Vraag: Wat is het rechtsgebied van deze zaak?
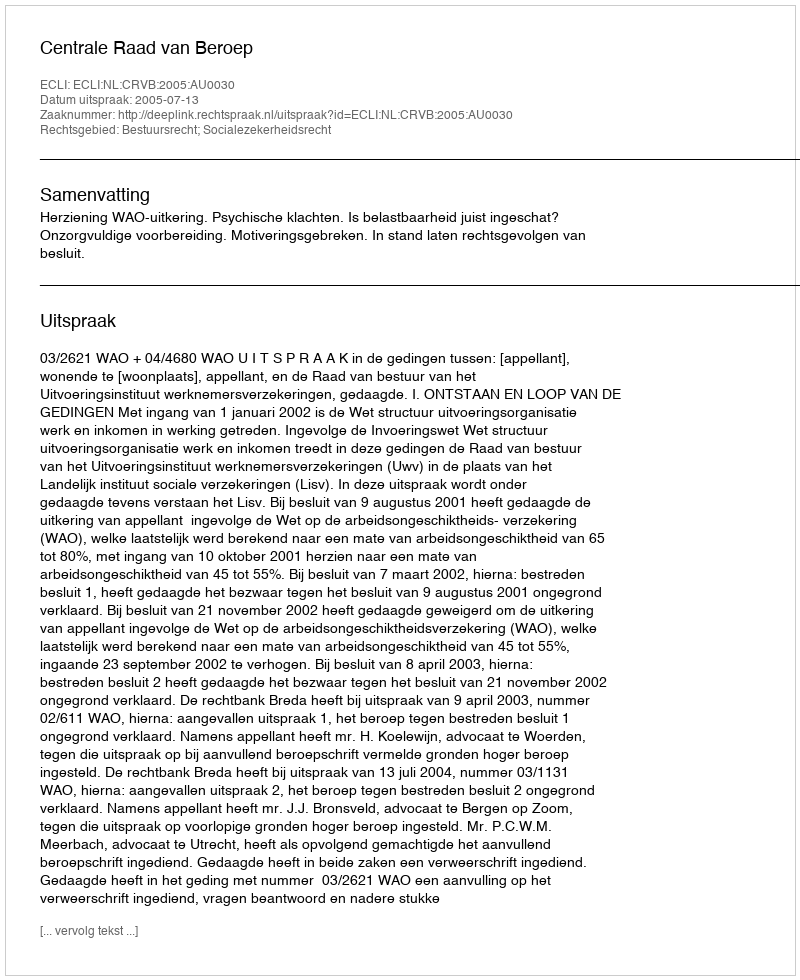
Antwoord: Bestuursrecht; Socialezekerheidsrecht